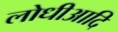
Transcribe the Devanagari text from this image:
लोधीआदि